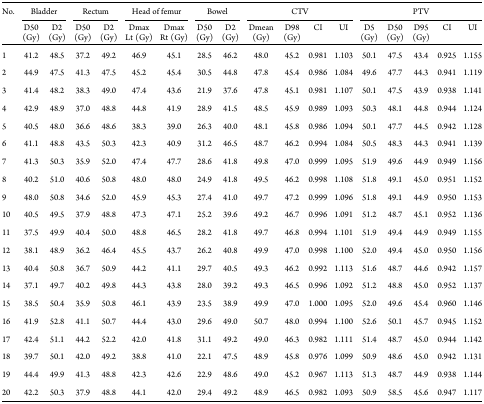
<table><thead><tr><td rowspan="2"><b>No.</b></td><td colspan="2"><b>Bladder</b></td><td colspan="2"><b>Rectum</b></td><td colspan="2"><b>Head of femur</b></td><td colspan="2"><b>Bowel</b></td><td colspan="4"><b>CTV</b></td><td colspan="5"><b>PTV</b></td></tr><tr><td><b>D50 (Gy)</b></td><td><b>D2 (Gy)</b></td><td><b>D50 (Gy)</b></td><td><b>D2 (Gy)</b></td><td><b>Dmax Lt (Gy)</b></td><td><b>Dmax Rt (Gy)</b></td><td><b>D50 (Gy)</b></td><td><b>D2 (Gy)</b></td><td><b>Dmean (Gy)</b></td><td><b>D98 (Gy)</b></td><td><b>CI</b></td><td><b>UI</b></td><td><b>D5 (Gy)</b></td><td><b>D50 (Gy)</b></td><td><b>D95 (Gy)</b></td><td><b>CI</b></td><td><b>UI</b></td></tr></thead><tbody><tr><td>1</td><td>41.2</td><td>48.5</td><td>37.2</td><td>49.2</td><td>46.9</td><td>45.1</td><td>28.5</td><td>46.2</td><td>48.0</td><td>45.2</td><td>0.981</td><td>1.103</td><td>50.1</td><td>47.5</td><td>43.4</td><td>0.925</td><td>1.155</td></tr><tr><td>2</td><td>44.9</td><td>47.5</td><td>41.3</td><td>47.5</td><td>45.2</td><td>45.4</td><td>30.5</td><td>44.8</td><td>47.8</td><td>45.4</td><td>0.986</td><td>1.084</td><td>49.6</td><td>47.7</td><td>44.3</td><td>0.941</td><td>1.119</td></tr><tr><td>3</td><td>41.4</td><td>48.2</td><td>38.3</td><td>49.0</td><td>47.4</td><td>43.6</td><td>21.9</td><td>37.6</td><td>47.8</td><td>45.1</td><td>0.981</td><td>1.107</td><td>50.1</td><td>47.5</td><td>43.9</td><td>0.938</td><td>1.141</td></tr><tr><td>4</td><td>42.9</td><td>48.9</td><td>37.0</td><td>48.8</td><td>44.8</td><td>41.9</td><td>28.9</td><td>41.5</td><td>48.5</td><td>45.9</td><td>0.989</td><td>1.093</td><td>50.3</td><td>48.1</td><td>44.8</td><td>0.944</td><td>1.124</td></tr><tr><td>5</td><td>40.5</td><td>48.0</td><td>36.6</td><td>48.6</td><td>38.3</td><td>39.0</td><td>26.3</td><td>40.0</td><td>48.1</td><td>45.8</td><td>0.986</td><td>1.094</td><td>50.1</td><td>47.7</td><td>44.5</td><td>0.942</td><td>1.128</td></tr><tr><td>6</td><td>41.1</td><td>48.8</td><td>43.5</td><td>50.3</td><td>42.3</td><td>40.9</td><td>31.2</td><td>46.5</td><td>48.7</td><td>46.2</td><td>0.994</td><td>1.084</td><td>50.5</td><td>48.3</td><td>44.3</td><td>0.941</td><td>1.139</td></tr><tr><td>7</td><td>41.3</td><td>50.3</td><td>35.9</td><td>52.0</td><td>47.4</td><td>47.7</td><td>28.6</td><td>41.8</td><td>49.8</td><td>47.0</td><td>0.999</td><td>1.095</td><td>51.9</td><td>49.6</td><td>44.9</td><td>0.949</td><td>1.156</td></tr><tr><td>8</td><td>40.2</td><td>51.0</td><td>40.6</td><td>50.8</td><td>48.0</td><td>48.0</td><td>24.9</td><td>41.8</td><td>49.5</td><td>46.2</td><td>0.998</td><td>1.108</td><td>51.8</td><td>49.1</td><td>45.0</td><td>0.951</td><td>1.152</td></tr><tr><td>9</td><td>48.0</td><td>50.8</td><td>34.6</td><td>52.0</td><td>45.9</td><td>45.3</td><td>27.4</td><td>41.0</td><td>49.7</td><td>47.2</td><td>0.999</td><td>1.096</td><td>51.8</td><td>49.1</td><td>44.9</td><td>0.950</td><td>1.153</td></tr><tr><td>10</td><td>40.5</td><td>49.5</td><td>37.9</td><td>48.8</td><td>47.3</td><td>47.1</td><td>25.2</td><td>39.6</td><td>49.2</td><td>46.7</td><td>0.996</td><td>1.091</td><td>51.2</td><td>48.7</td><td>45.1</td><td>0.952</td><td>1.136</td></tr><tr><td>11</td><td>37.5</td><td>49.9</td><td>40.4</td><td>50.0</td><td>48.8</td><td>46.5</td><td>28.2</td><td>41.8</td><td>49.7</td><td>46.8</td><td>0.994</td><td>1.101</td><td>51.9</td><td>49.4</td><td>44.9</td><td>0.949</td><td>1.155</td></tr><tr><td>12</td><td>38.1</td><td>48.9</td><td>36.2</td><td>46.4</td><td>45.5</td><td>43.7</td><td>26.2</td><td>40.8</td><td>49.9</td><td>47.0</td><td>0.998</td><td>1.100</td><td>52.0</td><td>49.4</td><td>45.0</td><td>0.950</td><td>1.156</td></tr><tr><td>13</td><td>40.4</td><td>50.8</td><td>36.7</td><td>50.9</td><td>44.2</td><td>41.1</td><td>29.7</td><td>40.5</td><td>49.3</td><td>46.2</td><td>0.992</td><td>1.113</td><td>51.6</td><td>48.7</td><td>44.6</td><td>0.942</td><td>1.157</td></tr><tr><td>14</td><td>37.1</td><td>49.7</td><td>40.2</td><td>49.8</td><td>44.3</td><td>43.8</td><td>28.0</td><td>39.2</td><td>49.3</td><td>46.5</td><td>0.996</td><td>1.092</td><td>51.2</td><td>48.8</td><td>45.0</td><td>0.952</td><td>1.137</td></tr><tr><td>15</td><td>38.5</td><td>50.4</td><td>35.9</td><td>50.8</td><td>46.1</td><td>43.9</td><td>23.5</td><td>38.9</td><td>49.9</td><td>47.0</td><td>1.000</td><td>1.095</td><td>52.0</td><td>49.6</td><td>45.4</td><td>0.960</td><td>1.146</td></tr><tr><td>16</td><td>41.9</td><td>52.8</td><td>41.1</td><td>50.7</td><td>44.4</td><td>43.0</td><td>29.6</td><td>49.0</td><td>50.7</td><td>48.0</td><td>0.994</td><td>1.100</td><td>52.6</td><td>50.1</td><td>45.7</td><td>0.945</td><td>1.152</td></tr><tr><td>17</td><td>42.4</td><td>51.1</td><td>44.2</td><td>52.2</td><td>42.0</td><td>41.8</td><td>31.1</td><td>49.2</td><td>49.0</td><td>46.3</td><td>0.982</td><td>1.111</td><td>51.4</td><td>48.7</td><td>45.0</td><td>0.944</td><td>1.142</td></tr><tr><td>18</td><td>39.7</td><td>50.1</td><td>42.0</td><td>49.2</td><td>38.8</td><td>41.0</td><td>22.1</td><td>47.5</td><td>48.9</td><td>45.8</td><td>0.976</td><td>1.099</td><td>50.9</td><td>48.6</td><td>45.0</td><td>0.942</td><td>1.131</td></tr><tr><td>19</td><td>44.4</td><td>49.9</td><td>41.3</td><td>48.8</td><td>42.3</td><td>42.6</td><td>22.9</td><td>48.6</td><td>49.0</td><td>45.2</td><td>0.967</td><td>1.113</td><td>51.3</td><td>48.7</td><td>44.9</td><td>0.938</td><td>1.144</td></tr><tr><td>20</td><td>42.2</td><td>50.3</td><td>37.9</td><td>48.8</td><td>44.1</td><td>42.0</td><td>29.4</td><td>49.2</td><td>48.9</td><td>46.5</td><td>0.982</td><td>1.093</td><td>50.9</td><td>58.5</td><td>45.6</td><td>0.947</td><td>1.117</td></tr></tbody></table>